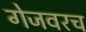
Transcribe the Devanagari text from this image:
गेजवरच